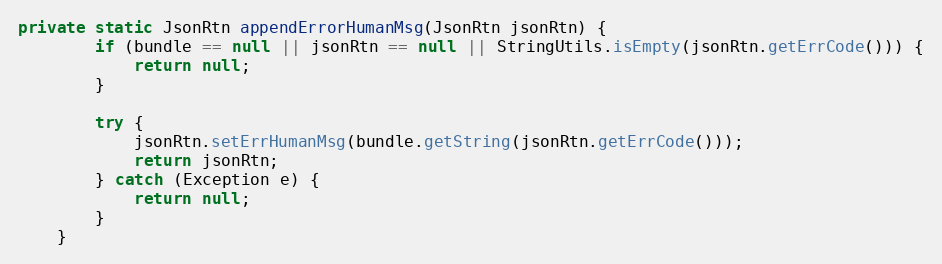
Language: Java
private static JsonRtn appendErrorHumanMsg(JsonRtn jsonRtn) {
        if (bundle == null || jsonRtn == null || StringUtils.isEmpty(jsonRtn.getErrCode())) {
            return null;
        }

        try {
            jsonRtn.setErrHumanMsg(bundle.getString(jsonRtn.getErrCode()));
            return jsonRtn;
        } catch (Exception e) {
            return null;
        }
    }